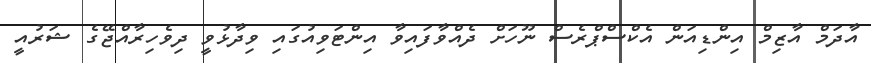
އާދަމް އާޒިމް އިންޑިއަން އެކްސްޕްރެސް ނޫހަށް ދެއްވާފައިވާ އިންޓަވިއުގައި ވިދާޅުވީ ދިވެހިރާއްޖޭގެ ޝަރުއީ